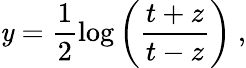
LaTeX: \mathit{y}=\frac{{1}}{{2}}\log\left(\frac{{t+z}}{{t-z}}\right)~,